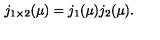
j _ { 1 \times 2 } ( \mu ) = j _ { 1 } ( \mu ) j _ { 2 } ( \mu ) .